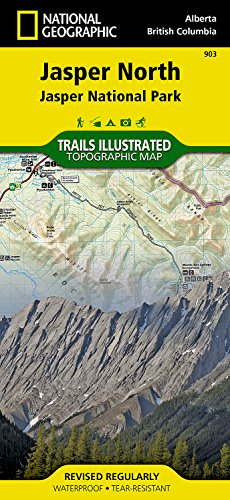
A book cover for Jasper North [Jasper National Park] (National Geographic Trails Illustrated Map); National Geographic Maps - Trails Illustrated; Travel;